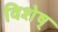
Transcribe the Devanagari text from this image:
विशेष्